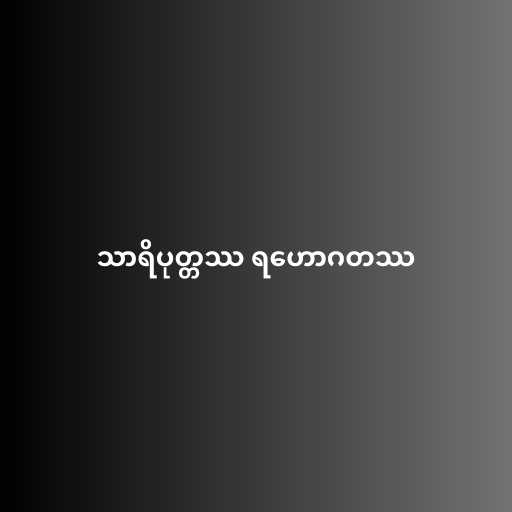
သာရိပုတ္တဿ ရဟောဂတဿ